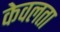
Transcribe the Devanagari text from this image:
केवलता